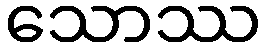
သောဿ